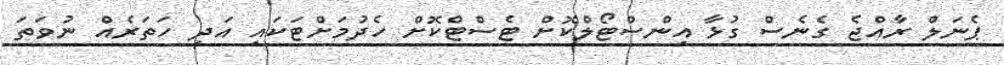
ޕެނަލް ރާއްޖެ ގެނެސް ގުޅާ އިންސްޓޯލްކޮށް ޓެސްޓްކޮށް ހެދުމަށްޓަކައި އަދި ހަތަރެއް ނުވަތަ